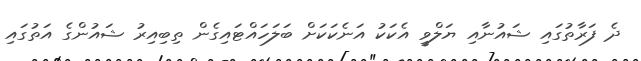
ދެ ފަރާތުގައި ޝައުނާއި ޔަލްވީ އެކަކު އަނެކަކަށް ބަލަހައްޓައިގެން ތިބިއިރު ޝައުންގެ އަތުގައި